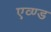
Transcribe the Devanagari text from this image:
एव्ण्ड